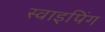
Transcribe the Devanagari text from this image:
स्वाइपिंग